Scottish Leaving Certificate Examination, 1954
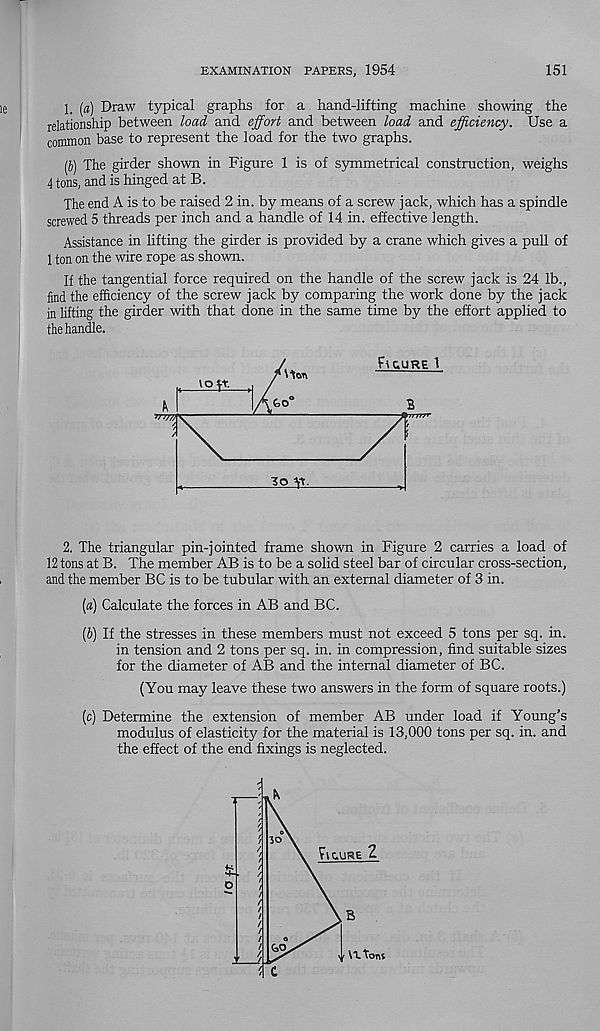
EXAMINATION PAPERS, 1954
151
1. (a) Draw typical graphs for a hand-lifting machine showing the
relationship between load and effort and between load and efficiency. Use a
common base to represent the load for the two graphs.
[I) The girder shown in Figure 1 is of symmetrical construction, weighs
4 tons, and is hinged at B.
The end A is to be raised 2 in. by means of a screw jack, which has a spindle
screwed 5 threads per inch and a handle of 14 in. effective length.
Assistance in lifting the girder is provided by a crane which gives a pull of
1 ton on the wire rope as shown.
If the tangential force required on the handle of the screw jack is 24 lb.,
find the efficiency of the screw jack by comparing the work done by the jack
in lifting the girder with that done in the same time by the effort applied to
the handle.
TO y.
2. The triangular pin-jointed frame shown in Figure 2 carries a load of
12 tons at B. The member AB is to be a solid steel bar of circular cross-section,
and the member BC is to be tubular with an external diameter of 3 in.
(а) Calculate the forces in AB and BC.
(б) If the stresses in these members must not exceed 5 tons per sq. in.
in tension and 2 tons per sq. in. in compression, find suitable sizes
for the diameter of AB and the internal diameter of BC.
(You may leave these two answers in the form of square roots.)
(c) Determine the extension of member AB under load if Young’s
modulus of elasticity for the material is 13,000 tons per sq. in. and
the effect of the end fixings is neglected.
/ £